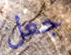
جعل